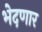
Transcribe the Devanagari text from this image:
भेदणार